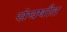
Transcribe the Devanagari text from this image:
संघर्षांत